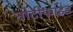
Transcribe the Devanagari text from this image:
नोटीफाइड